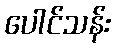
ပေါင်သန်း